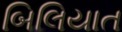
બિલિયાત